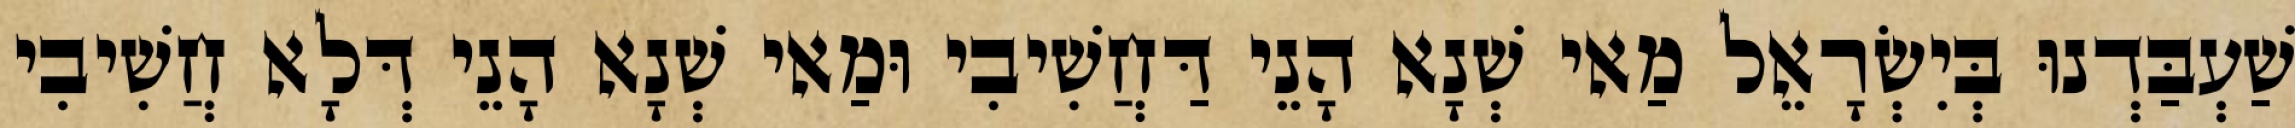
שַׁעְבַּדְנוּ בְּיִשְׂרָאֵל מַאי שְׁנָא הָנֵי דַּחֲשִׁיבִי וּמַאי שְׁנָא הָנֵי דְּלָא חֲשִׁיבִי